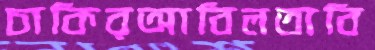
চাকিরআবিলতাবি